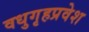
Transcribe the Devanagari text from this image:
वधुगृहप्रवेश